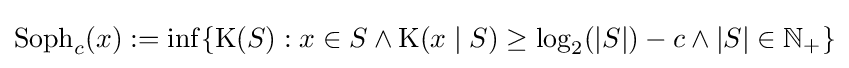
\operatorname {Soph} _{c}(x):=\inf\{\operatorname {K} (S):x\in S\land \operatorname {K} (x\mid S)\geq \log _{2}(|S|)-c\land |S|\in \mathbb {N} _{+}\}